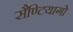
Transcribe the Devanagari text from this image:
सैण्टियागो